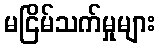
မငြိမ်သက်မှုများ